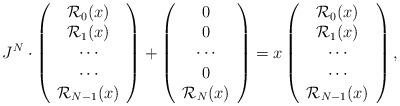
LaTeX: \begin{align*}J^N\cdot \left(\begin{array}{c}\mathcal{R}_0(x)\\\mathcal{R}_1(x)\\ \cdots \\\cdots \\\mathcal{R}_{N-1}(x) \end{array} \right) + \left(\begin{array}{c} 0\\0\\\cdots \\ 0 \\{\cal{R}}_N(x) \end{array} \right)=x\left(\begin{array}{c}\mathcal{R}_0(x)\\\mathcal{R}_1(x)\\ \cdots \\\cdots \\\mathcal{R}_{N-1}(x) \end{array} \right),\end{align*}